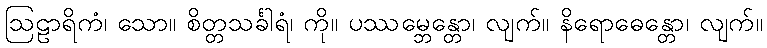
ဩဠာရိကံ၊ သော။ စိတ္တသင်္ခါရံ၊ ကို။ ပဿမ္ဘေန္တော၊ လျက်။ နိရောဓေန္တော၊ လျက်။